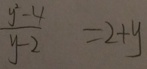
\frac { y ^ { 2 } - 4 } { y - 2 } = 2 + y